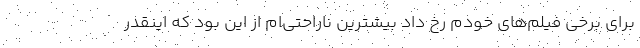
برای برخی فیلم‌های خودم رخ داد بیشترین ناراحتی‌ام از این بود که اینقدر